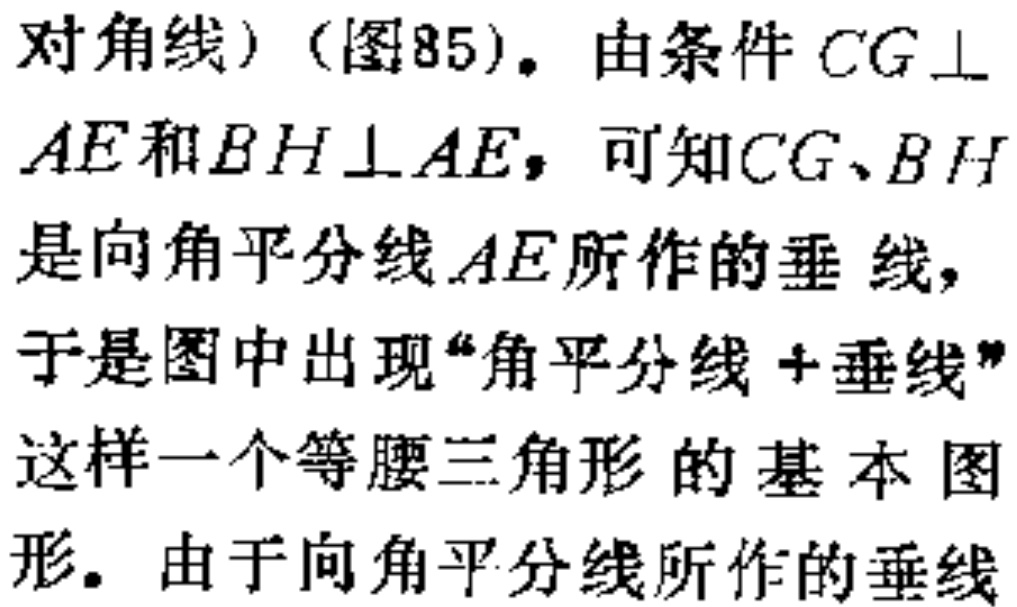
对角线）（图85)。由条件 \(CG\perp AE\)和\(BH\perp AE\)，可知\(CG、BH\)是向角平分线\(AE\)所作的垂线，于是图中出现“角平分线+垂线”这样一个等腰三角形的基本图形。由于向角平分线所作的垂线